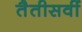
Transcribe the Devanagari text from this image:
तैतीसवीं